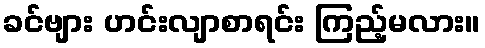
ခင်ဗျား ဟင်းလျာစာရင်း ကြည့်မလား။